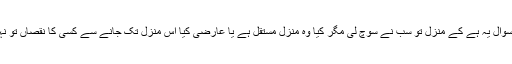
اب سوال یہ ہے کے منزل تو سب نے سوچ لی مگر کیا وہ منزل مستقل ہے یا عارضی کیا اس منزل تک جانے سے کسی کا نقصاں تو نہیں ۔